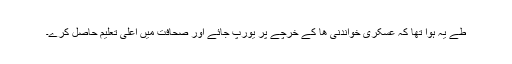
طے یہ ہوا تھا کہ عسکری خواندنی ھا کے خرچے پر یورپ جائے اور صحافت میں اعلی تعلیم حاصل کرے۔